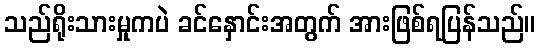
သည်ရိုးသားမှုကပဲ ခင်နှောင်းအတွက် အားဖြစ်ရပြန်သည်။